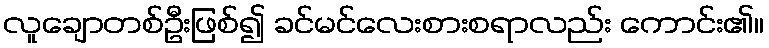
လူချောတစ်ဦးဖြစ်၍ ခင်မင်လေးစားစရာလည်း ကောင်း၏။